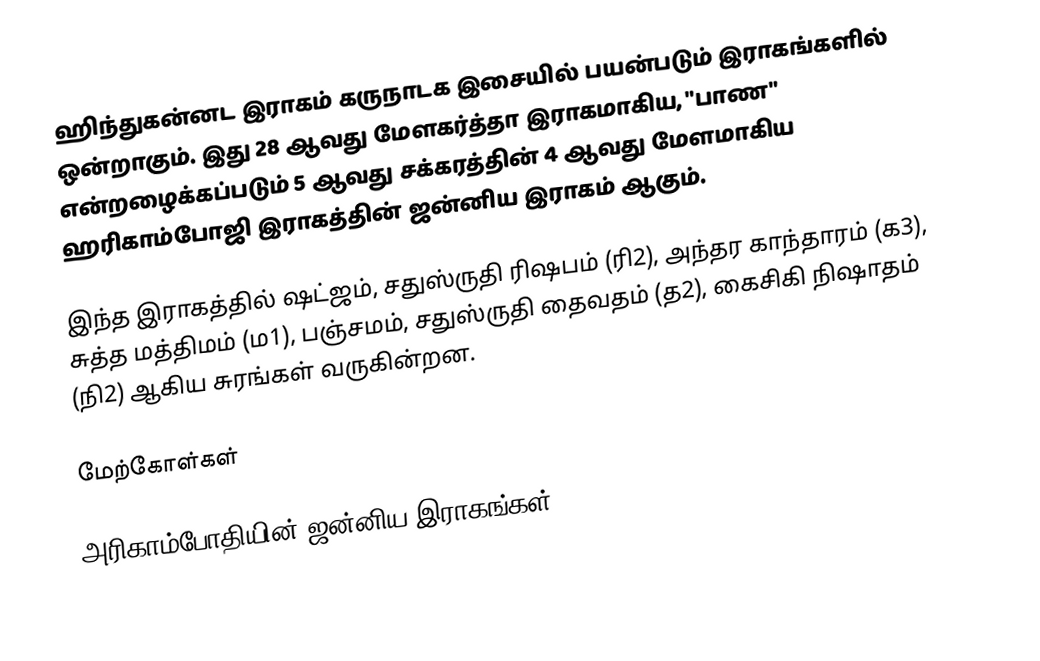
ஹிந்துகன்னட இராகம் கருநாடக இசையில் பயன்படும் இராகங்களில் ஒன்றாகும். இது 28 ஆவது மேளகர்த்தா இராகமாகிய, "பாண" என்றழைக்கப்படும் 5 ஆவது சக்கரத்தின் 4 ஆவது மேளமாகிய ஹரிகாம்போஜி இராகத்தின் ஜன்னிய இராகம் ஆகும்.

இந்த இராகத்தில் ஷட்ஜம், சதுஸ்ருதி ரிஷபம் (ரி2), அந்தர காந்தாரம் (க3), சுத்த மத்திமம் (ம1), பஞ்சமம், சதுஸ்ருதி தைவதம் (த2), கைசிகி நிஷாதம் (நி2) ஆகிய சுரங்கள் வருகின்றன.

மேற்கோள்கள்

அரிகாம்போதியின் ஜன்னிய இராகங்கள்